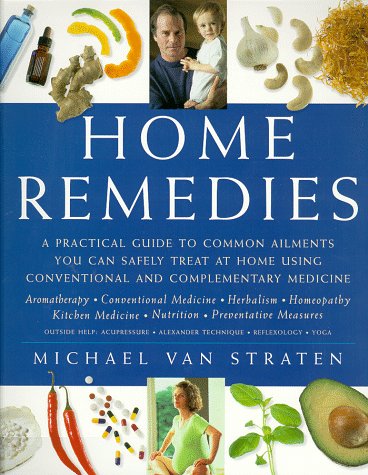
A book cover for Home Remedies: A Practical Guide to Common Ailments You Can Safely Treat at Home Using Conventional and Complementary Medicines; Health, Fitness & Dieting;